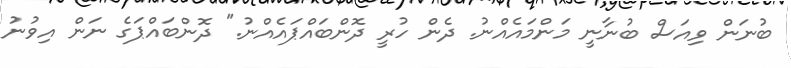
ބުނަން ވިއަސް ބުނާނީ މަންމައެއްނު. ދެން ހުރީ ދޮންބައްޕައެއްނު." ދޮންބައްޕަގެ ނަން އިވުނު